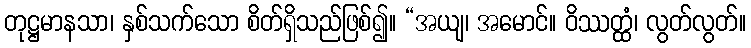
တုဋ္ဌမာနသာ၊ နှစ်သက်သော စိတ်ရှိသည်ဖြစ်၍။ “အယျ၊ အမောင်။ ဝိဿတ္ထံ၊ လွတ်လွတ်။